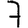
Digit: 7